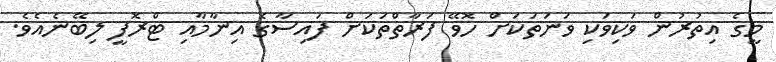
މީގެ އިތުރުން ވަކިވަކި ވަނަތަކަށް ހޮވޭ ފަރާތްތަކަށް ފައިސާގެ އިނާމާއި ޓްރޮފީ ލިބޭނެއެވެ.